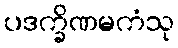
ပဒက္ခိဏမကံသု